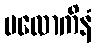
ပလောကိနံ